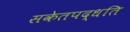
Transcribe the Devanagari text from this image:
सकेतपद्धति